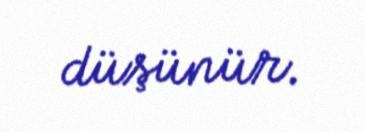
düşünür.